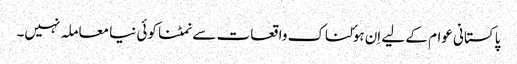
پاکستانی عوام کے لیے اِن ہوٴلناک واقعات سے نمٹنا کوئی نیا معاملہ نہیں۔